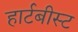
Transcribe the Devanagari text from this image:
हार्टबीस्ट